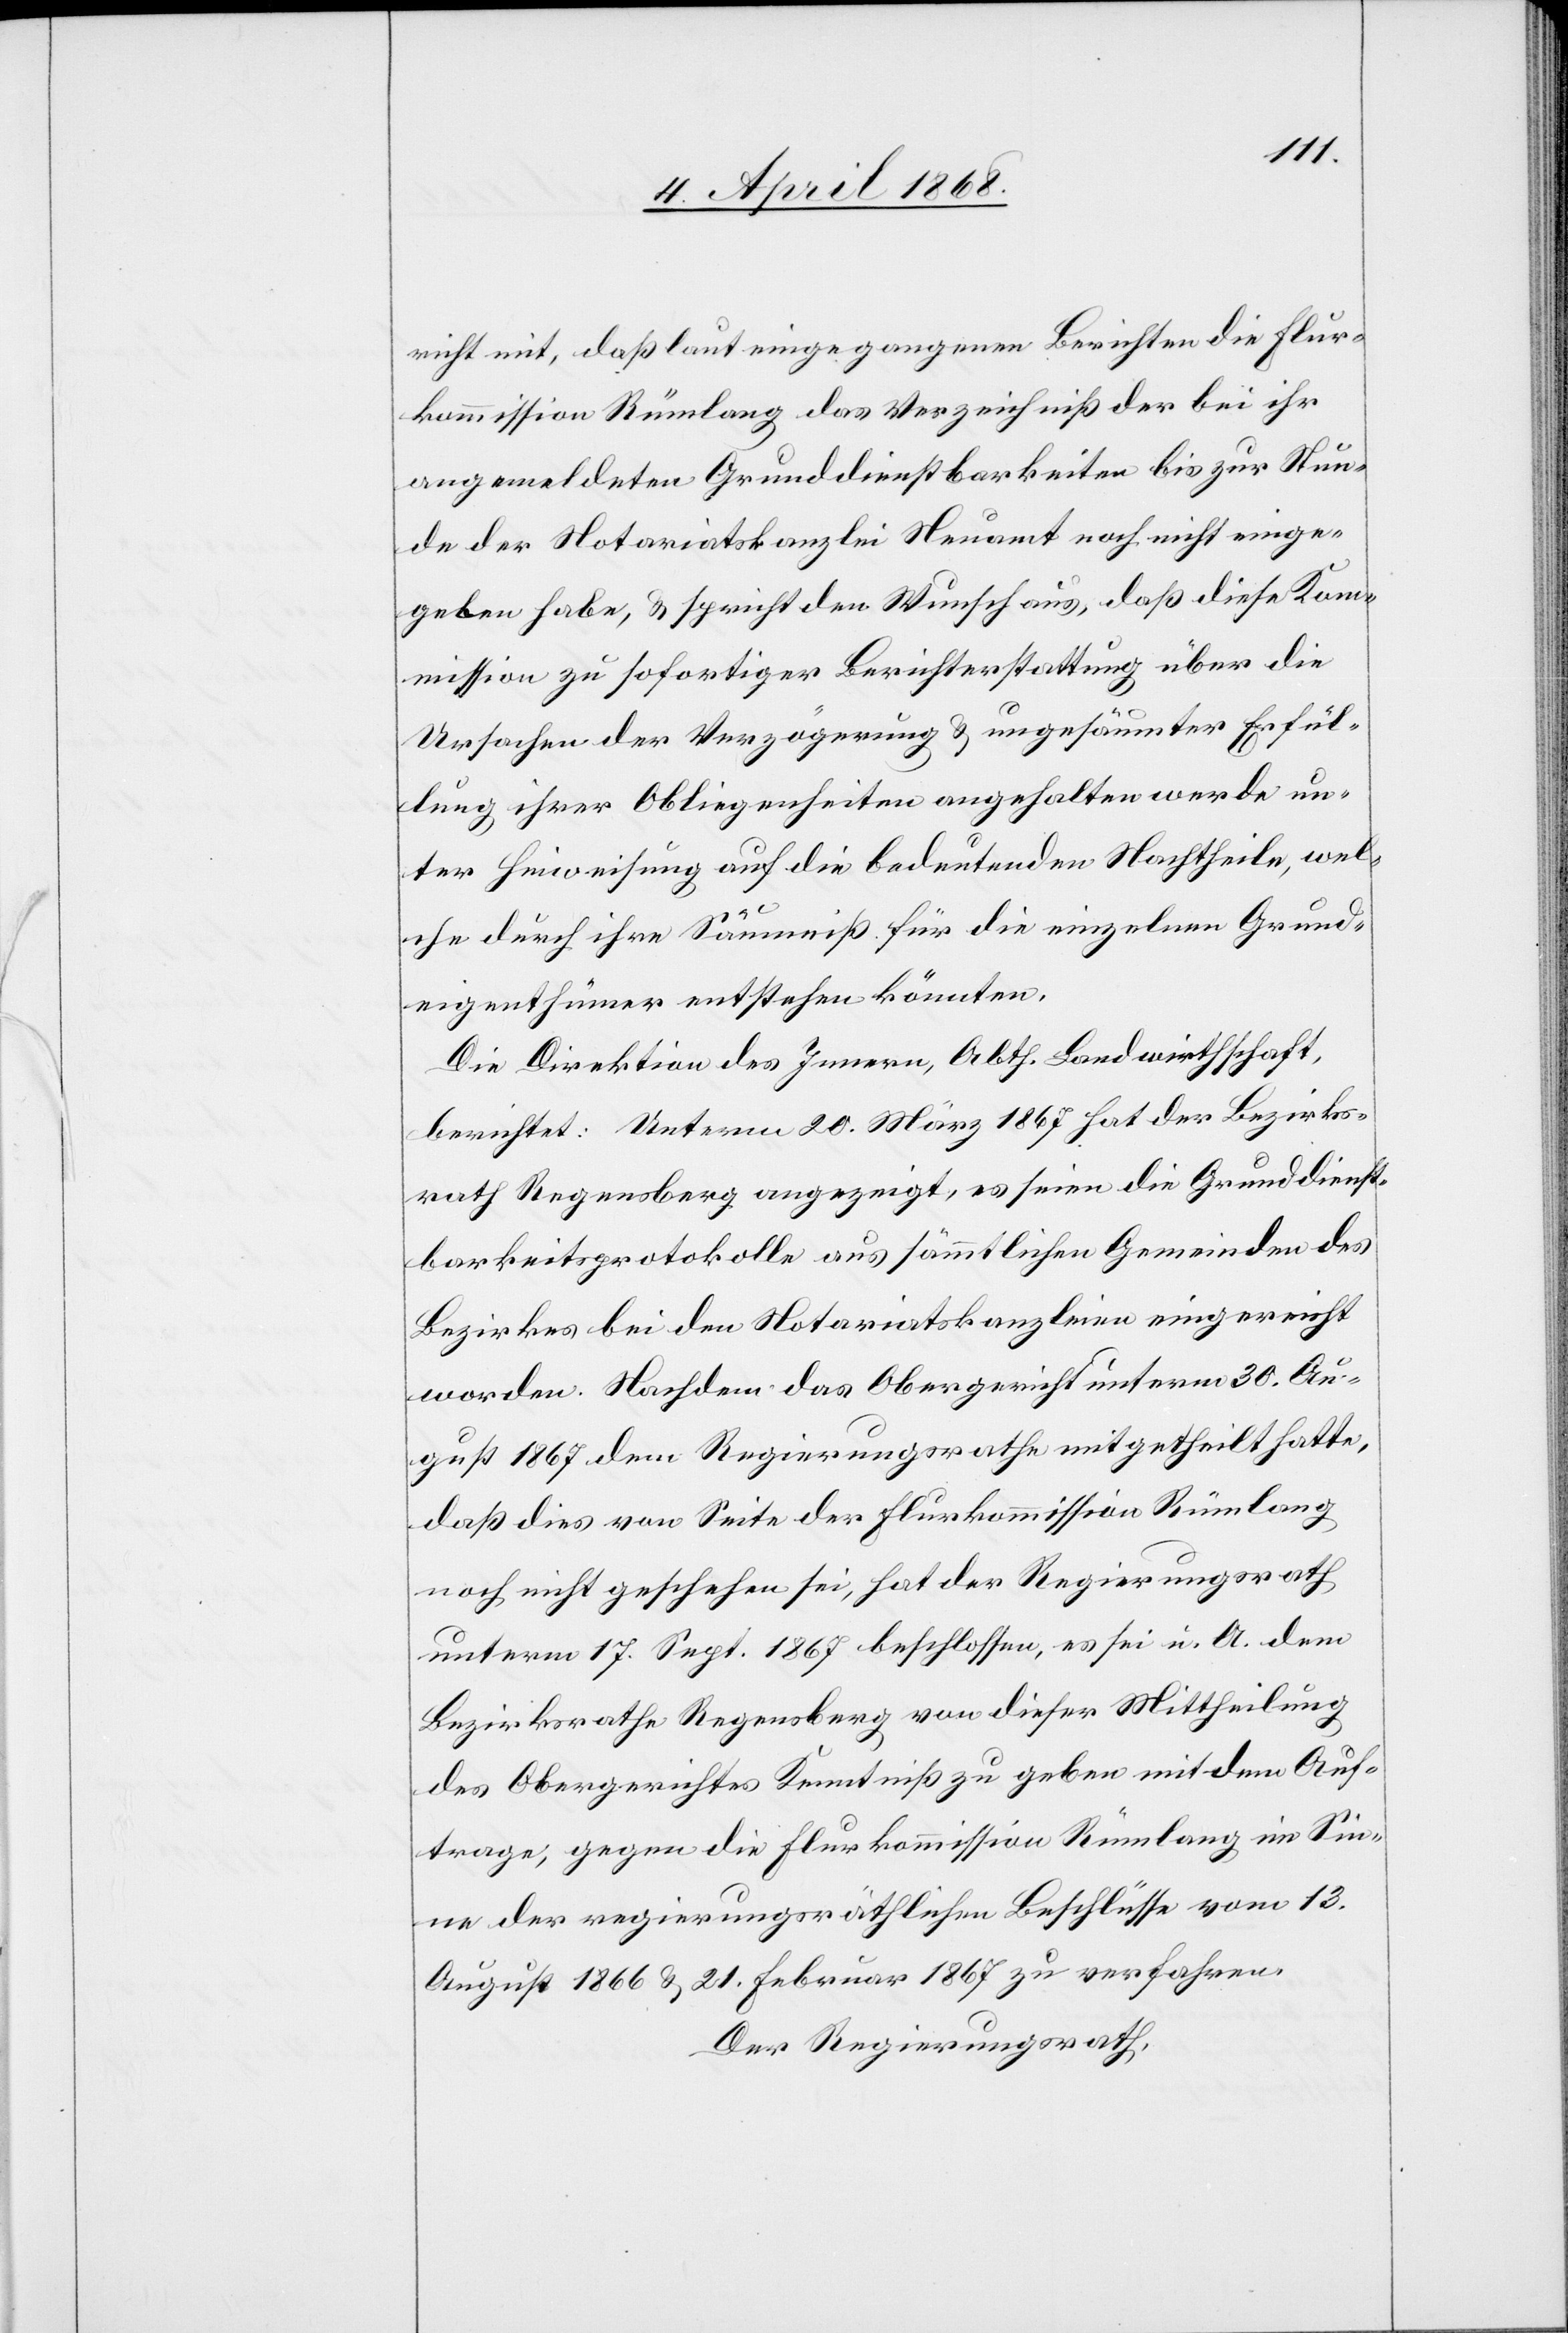
richt mit, daß laut eingegangenen Berichten die Flur¬
kommission Rümlang das Verzeichniß der bei ihr
angemeldeten Grunddienstbarkeiten bis zur Stun¬
de der Notariatskanzlei Neuamt noch nicht einge¬
geben habe, & spricht den Wunsch aus, daß diese Kom¬
mission zu sofortiger Berichterstattung über die
Ursachen der Verzögerung & ungesäumter Erfül¬
lung ihrer Obliegenheiten angehalten werde un¬
ter Hinweisung auf die bedeutenden Nachtheile, wel¬
che durch ihre Säumniß für die einzelnen Grund¬
eigenthümer entstehen könnten.
Die Direktion des Innern, Abth. Landwirthschaft,
berichtet: Unterm 20. März 1867 hat der Bezirks¬
rath Regensberg angezeigt, es seien die Grunddienst¬
barkeitsprotokolle aus sämmtlichen Gemeinden des
Bezirkes bei den Notariatskanzleien eingereicht
worden. Nachdem das Obergericht unterm 30. Au¬
gust 1867 dem Regierungsrathe mitgetheilt hatte,
daß dies von Seite der Flurkommission Rümlang
noch nicht geschehen sei, hat der Regierungsrath
unterm 17. Sept. 1867 beschlossen, es sei u. A. dem
Bezirksrathe Regensberg von dieser Mittheilung
des Obergerichtes Kenntniß zu geben mit dem Auf¬
trage, gegen die Flurkommission Rümlang im Sin¬
ne der regierungsräthlichen Beschlüsse vom 13.
August 1866 & 21. Februar 1867 zu verfahren.
Der Regierungsrath,